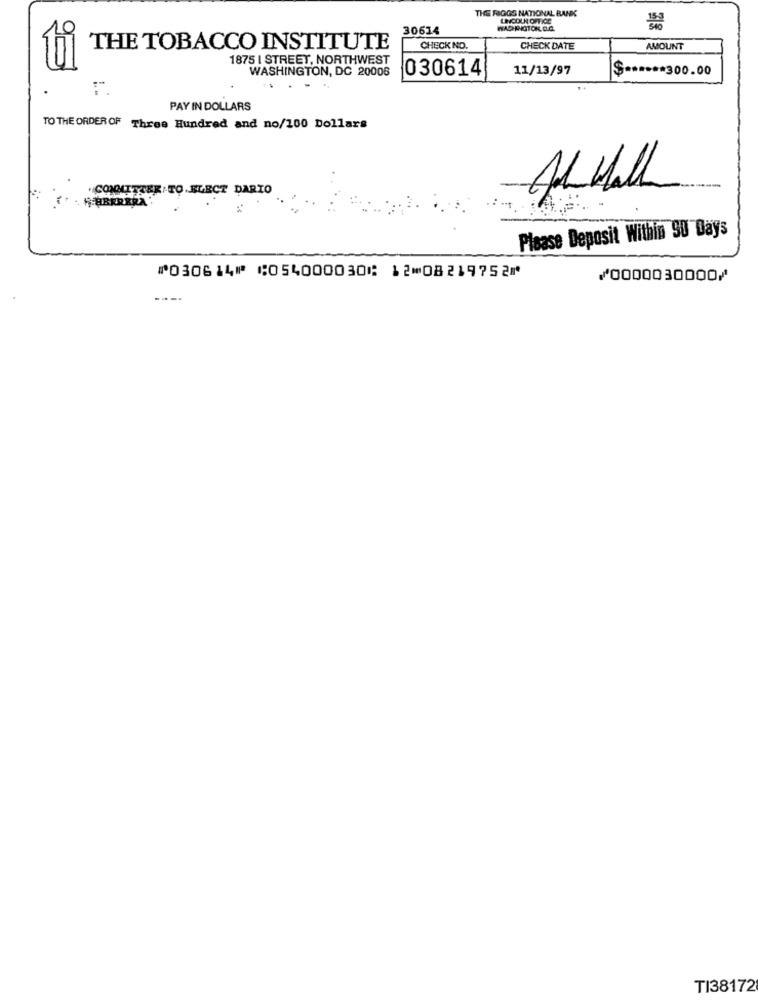
THE RIGGS NATIONAL BANK
LINCOLN OFFICE
30614
WADANOTOK.O.G.
THE TOBACCO INSTITUTE
CHECK NO.
CHECK DATE
AMOUNT
1875 I STREET, NORTHWEST
WASHINGTON, DC 20006
030614
11/13/97
$ ****** 300.00
PAY IN DOLLARS
TO THE ORDER OF Three Hundred and no/100 Dollars
CONNTTTER - TO. ELECT DARIO
Please Deposit Within 90 Days
⑈030614⑈ ⑆054000030⑆ 12⑉08219752⑈
⑇0000030000⑇
----
TI38172